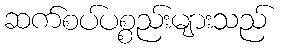
ဆက်စပ်ပစ္စည်းများသည်